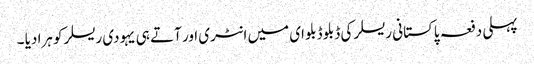
پہلی دفعہ پاکستانی ریسلر کی ڈبلو ڈبلو ای میں انٹری اور آتے ہی یہودی ریسلر کو ہرا دیا ۔